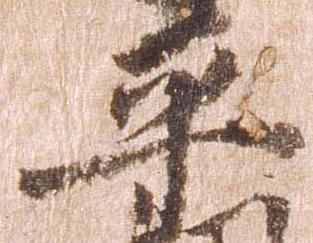
平